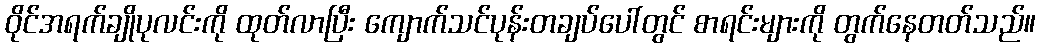
ဝိုင်အရက်ချိုပုလင်းကို ထုတ်လာပြီး ကျောက်သင်ပုန်းတချပ်ပေါ်တွင် စာရင်းများကို တွက်နေတတ်သည်။